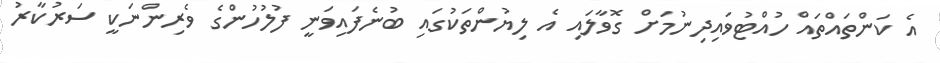
އެ ކަންތައްތައް ހުއްޓުވައިދިނުމަށް ގޮވާލައި އެ ލިޔުންތަކުގައި ބުނެފައިވަނީ ފުލުހުންގެ ވެރިންނަކީ ސަރުކާރު